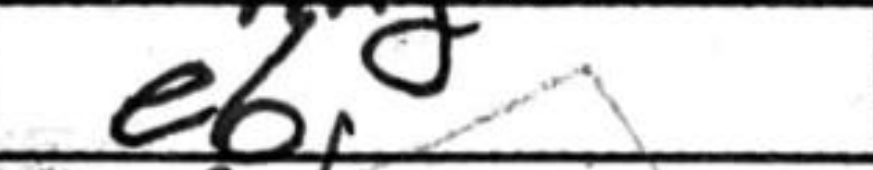
Transcription: e6